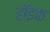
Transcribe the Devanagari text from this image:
हॉइक